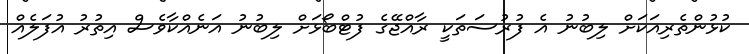
ކުޅުންތެރިއަކަށް ލިބުނު އެ ފުރުސަތަކީ ރާއްޖޭގެ ފުޓްބޯޅަށް ލިބުނު އަނެއްކާވެސް އިތުރު އުފަލެއް